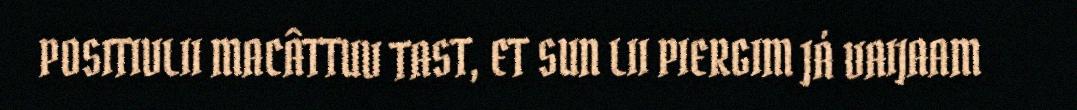
POSITIVLII MACÂTTUV TAST, ET SUN LII PIERGIM JÁ VAIJAAM